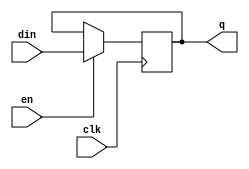
module dffe_ns (din, en, clk, q);
parameter SIZE = 1;
input	[SIZE-1:0]	din ;	
input			en ;	
input			clk ;	
output	[SIZE-1:0]	q ;	
reg 	[SIZE-1:0]	q ;
always @ (posedge clk)
  q[SIZE-1:0] <= en ? din[SIZE-1:0] : q[SIZE-1:0];
endmodule